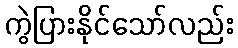
ကွဲပြားနိုင်သော်လည်း